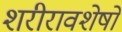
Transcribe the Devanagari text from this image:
शरीरावशेषों